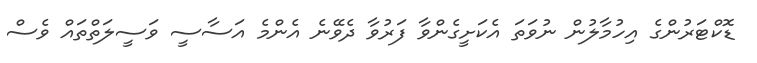
ޑޮކްޓަރުންގެ އިހުމާލުން ނުވަތަ އެކަށީީގެންވާ ފަރުވާ ދެވޭނެ އެންމެ އަސާސީ ވަސީލަތްތައް ވެސް